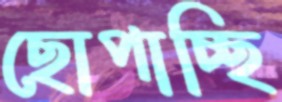
ছোপাচ্ছি